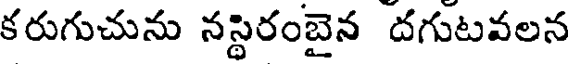
కరుగుచును నస్థిరంబైన దగుటవలన